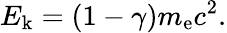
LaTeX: E_{\mathrm{k}}=(1-\gamma)m_{\mathrm{e}}c^{2}.